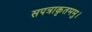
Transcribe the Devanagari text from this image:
सपत्राकृतममु।